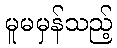
မူမမှန်သည့်